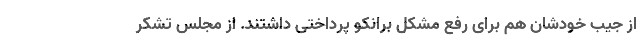
از جیب خودشان هم برای رفع مشکل برانکو پرداختی داشتند. از مجلس تشکر